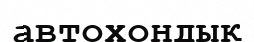
автохондық